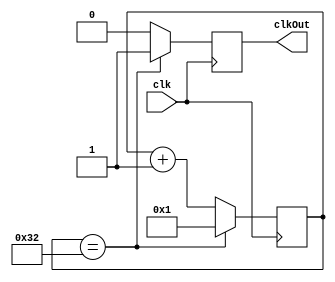
module DivideBy100 (input wire clk,
                    output reg clkOut);
    reg [6:0] cont = 7'd1;
    always @(posedge clk) begin
        if(cont == 7'd50) begin
            cont <=1;
            clkOut <=1;
        end
        else begin
            clkOut <=0;
            cont <= cont +1;
        end
    end
endmodule